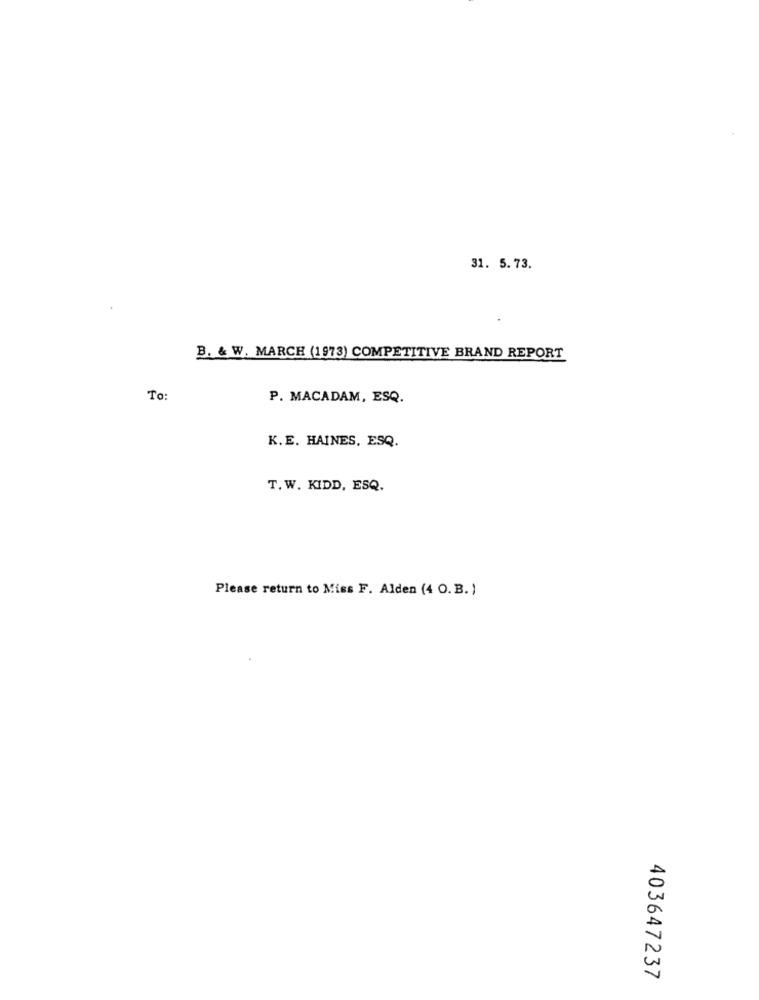
31. 5.73.
B. & W. MARCH (1973) COMPETITIVE BRAND REPORT
To:
P. MACADAM, ESQ.
K.E. HAINES, ESQ.
T.W. KIDD, ESQ.
Please return to Miss F. Alden (4 O.B.)
403647237